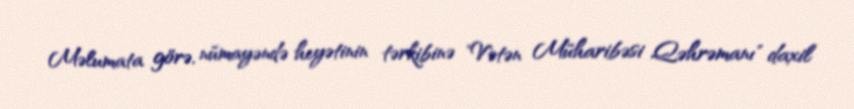
Məlumata görə, nümayəndə heyətinin tərkibinə "Vətən Müharibəsi Qəhrəmanı" daxil